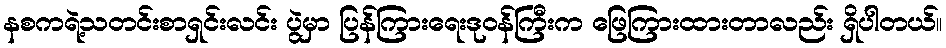
နစကရဲ့သတင်းစာရှင်းလင်း ပွဲမှာ ပြန်ကြားရေးဒုဝန်ကြီးက ဖြေကြားထားတာလည်း ရှိပါတယ်။